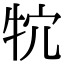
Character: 𤘺